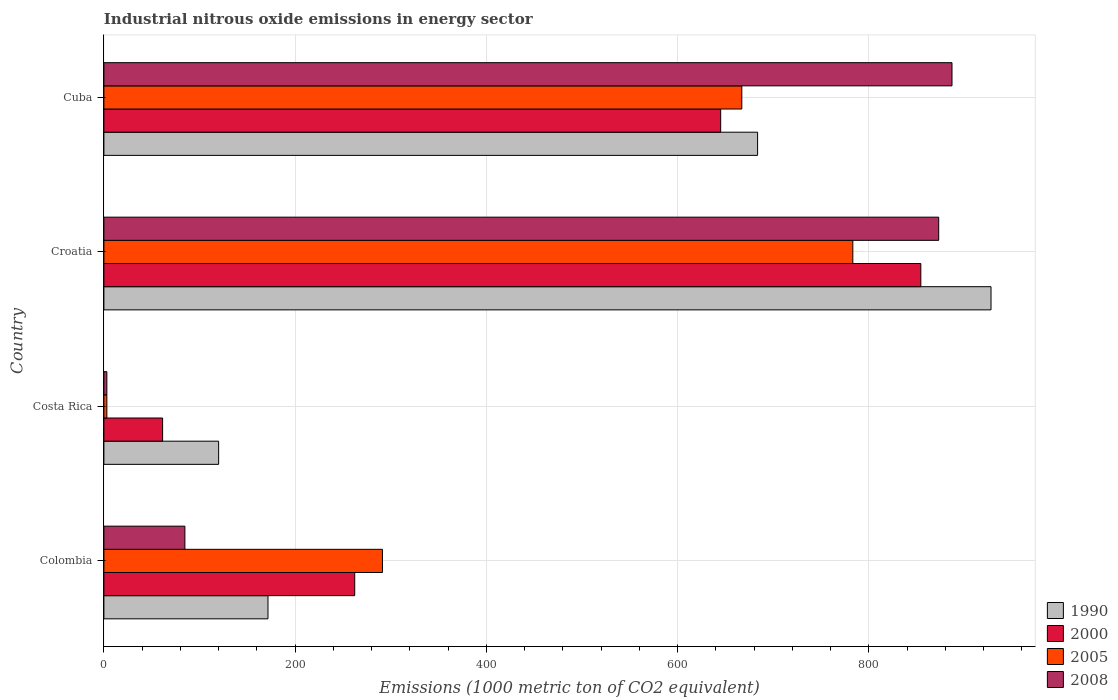
| Country | 1990 | 2000 | 2005 | 2008 |
 | --- | --- | --- | --- | --- |
 | Colombia | 172 | 262 | 291 | 84.7 |
 | Costa Rica | 120 | 61.4 | 3.1 | 3.1 |
 | Croatia | 928 | 854 | 783 | 873 |
 | Cuba | 684 | 645 | 667 | 887 |